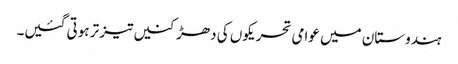
ہندوستان میں عوامی تحریکوں کی دھڑکنیں تیز تر ہوتی گئیں۔